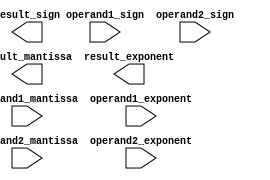
module extended_precision_float_addition (
    input wire [63:0] operand1_mantissa,
    input wire [7:0] operand1_exponent,
    input wire operand1_sign,
    input wire [63:0] operand2_mantissa,
    input wire [7:0] operand2_exponent,
    input wire operand2_sign,
    output reg [63:0] result_mantissa,
    output reg [7:0] result_exponent,
    output reg result_sign
);

// Adder logic implementation for extended precision floating point addition
// Insert your adder logic implementation here

endmodule